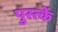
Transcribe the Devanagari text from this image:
पुस्त्कें